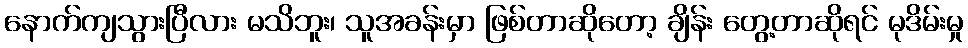
နောက်ကျသွားပြီလား မသိဘူး၊ သူအခန်းမှာ ဖြစ်တာဆိုတော့ ချိန်း တွေ့တာဆိုရင် မုဒိမ်းမှု